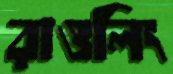
রাওলিং